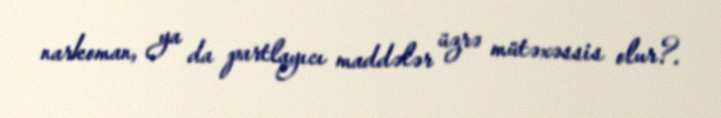
narkoman, ya da partlayıcı maddələr üzrə mütəxəssis olur?.